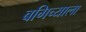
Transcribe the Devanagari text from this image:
बगिच्याला